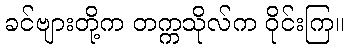
ခင်ဗျားတို့က တက္ကသိုလ်က ဝိုင်းကြ။